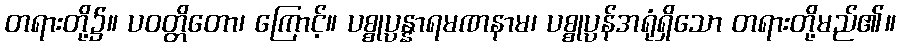
တရားတို့၌။ ပဝတ္တိတော၊ ကြောင့်။ ပစ္စုပ္ပန္နာရမဏနာမ၊ ပစ္စုပ္ပန်အရုံရှိသော တရားတို့မည်၏။